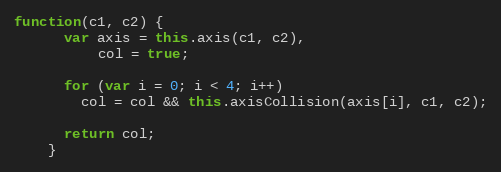
Language: JavaScript
function(c1, c2) {
      var axis = this.axis(c1, c2),
          col = true;

      for (var i = 0; i < 4; i++)
        col = col && this.axisCollision(axis[i], c1, c2);

      return col;
    }